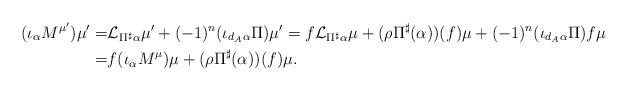
LaTeX: \begin{align*} (\iota_{\alpha} M^{\mu'}) \mu' =& \mathcal{L}_{\Pi^{\sharp}\alpha} {\mu'} + (-1)^n (\iota_{d_A \alpha} \Pi) \mu' = f \mathcal{L}_{\Pi^{\sharp}\alpha} {\mu} + (\rho \Pi^{\sharp}(\alpha))(f) \mu + (-1)^n (\iota_{d_A \alpha} \Pi) f \mu \\=& f (\iota_{\alpha} M^{\mu}) \mu + (\rho \Pi^{\sharp}(\alpha))(f) \mu. \end{align*}